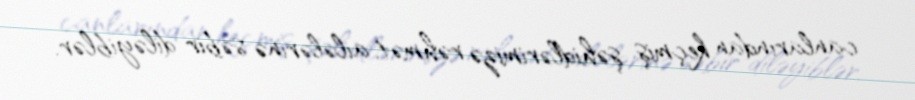
canlarından keçmiş şəhidlərimizə rəhmət, ailələrinə səbir diləyiblər.